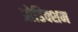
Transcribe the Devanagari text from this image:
प्रोडिक्शन